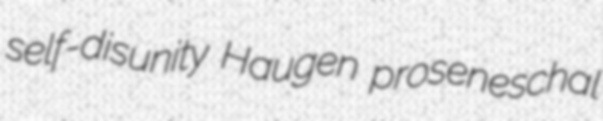
self-disunity Haugen proseneschal